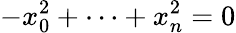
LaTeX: -x_{0}^{2}+\cdots+x_{n}^{2}=0